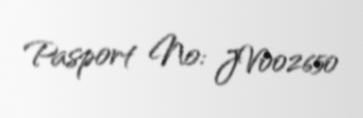
Pasport №: JV002650